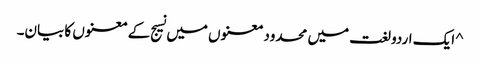
^ ایک اردو لغت میں محدود معنوں میں نسیج کے معنوں کا بیان۔